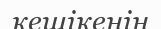
кешікенін